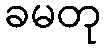
ခမတု